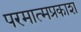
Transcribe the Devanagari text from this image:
परमात्मप्रकाश